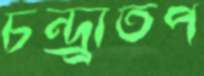
চন্দ্র্রাতপ